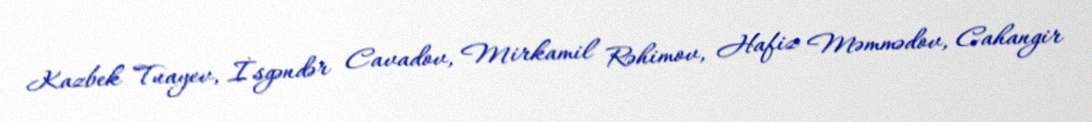
Kazbek Tuayev, İsgəndər Cavadov, Mirkamil Rəhimov, Hafiz Məmmədov, Cahangir